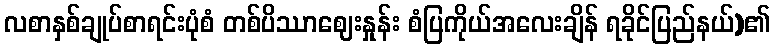
လစာနှစ်ချုပ်စာရင်းပုံစံ တစ်ပိဿာဈေးနှုန်း စံပြကိုယ်အလေးချိန် ရခိုင်ပြည်နယ်)၏